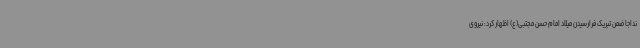
نداجا ضمن تبریک فرارسیدن میلاد امام حسن مجتبی(ع) اظهار کرد: نیروی